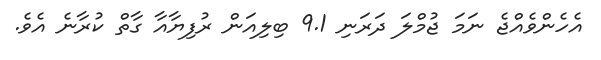
އެހެންވެއްޖެ ނަމަ ޖުމްލަ ދަރަނި 9.1 ބިލިއަން ރުފިޔާއާ ގާތް ކުރާނެ އެވެ.